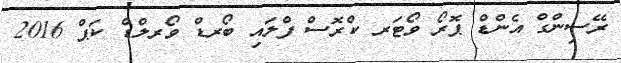
ރޭސިންގް އެންޑް ޕޮރޯ ވޯޓަރ ކްރޮސް ފްލައި ބޯރޑް ވޯރލްޑް ކަޕް 2016